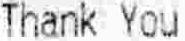
THANK YOU